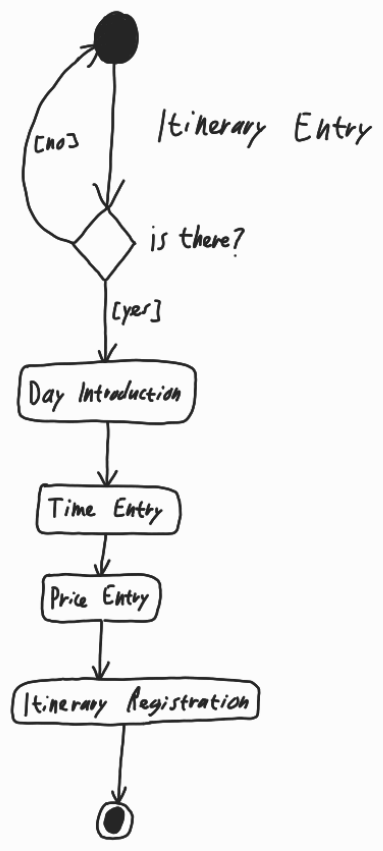
Diagram type: activity_diagram
```plantuml
@startuml

start

-> Itinerary Entry;

repeat
repeat while (Is there?) is ([no]) not ([yes])

:Day Introduction;

:Time Entry;

:Price Entry;

:Itinerary Registration;

stop

@enduml
```